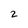
Character: 2